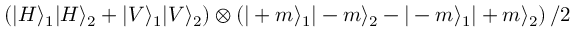
\left( | H \rangle _ { 1 } | H \rangle _ { 2 } + | V \rangle _ { 1 } | V \rangle _ { 2 } \right) \otimes \left( | + m \rangle _ { 1 } | - m \rangle _ { 2 } - | - m \rangle _ { 1 } | + m \rangle _ { 2 } \right) / 2